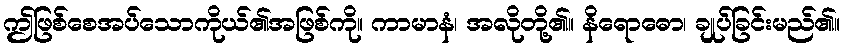
ဤဖြစ်စေအပ်သောကိုယ်၏အဖြစ်ကို။ ကာမာနံ၊ အလိုတို့၏။ နိရောဓော၊ ချုပ်ခြင်းမည်၏။